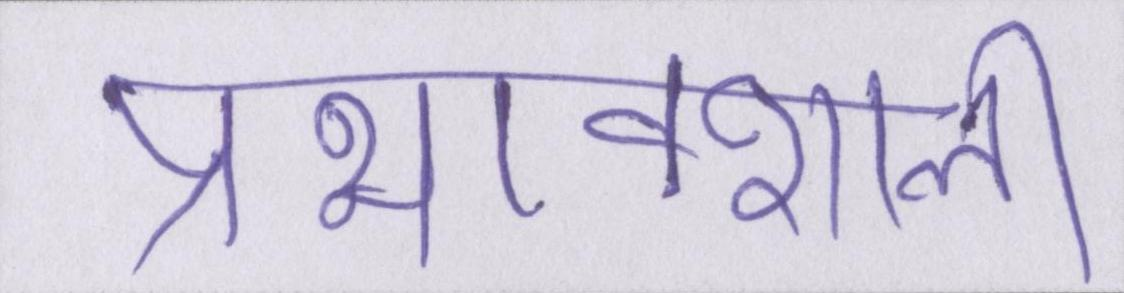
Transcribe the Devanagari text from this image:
प्रभावशाली